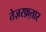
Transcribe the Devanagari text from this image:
तेज़रफ़्तार